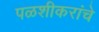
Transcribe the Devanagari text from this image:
पळशीकरांचे